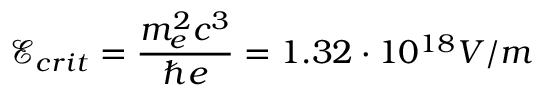
\mathcal { E } _ { c r i t } = \frac { m _ { e } ^ { 2 } c ^ { 3 } } { \hbar e } = 1 . 3 2 \cdot 1 0 ^ { 1 8 } V / m